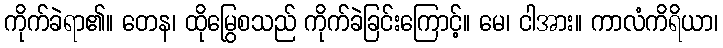
ကိုက်ခဲရာ၏။ တေန၊ ထိုမြွေစသည် ကိုက်ခဲခြင်းကြောင့်။ မေ၊ ငါအား။ ကာလံကိရိယာ၊